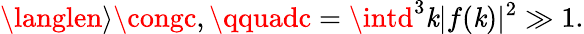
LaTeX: \langlen\rangle\congc,\qquadc=\intd^{3}\mathit{k}|f(\mathit{k})|^{2}\gg1.